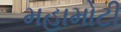
મહામોટી